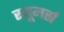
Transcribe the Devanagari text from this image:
रयूमर्स